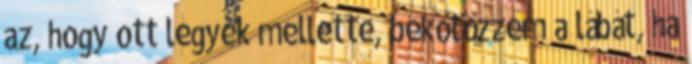
az, hogy ott legyek mellette, bekötözzem a lábát, ha